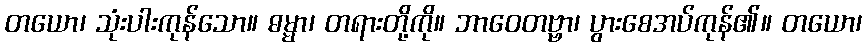
တယော၊ သုံးပါးကုန်သော။ ဓမ္မာ၊ တရားတို့ကို။ ဘာဝေတဗ္ဗာ၊ ပွားစေအပ်ကုန်၏။ တယော၊